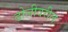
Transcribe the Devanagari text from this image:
ढोलीवरील